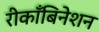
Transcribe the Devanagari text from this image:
रीकाँबिनेशन